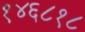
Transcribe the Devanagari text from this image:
१४६८१८